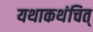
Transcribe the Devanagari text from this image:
यथाकथंचित्‌